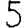
Digit: 5